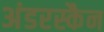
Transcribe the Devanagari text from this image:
अंडरस्कैन